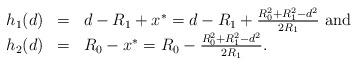
LaTeX: \begin{align*} \begin{array}{lll}h_1(d) & = & d-R_1+ x^* = d-R_1 + \frac{R_0^2 + R_1^2 - d^2}{2 R_1} \mbox{ and}\\h_2(d) & = & R_0 - x^* = R_0 - \frac{R_0^2 + R_1^2 - d^2}{2 R_1}.\end{array}\end{align*}